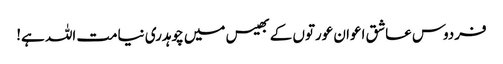
فردوس عاشق اعوان عورتوں کے بھیس میں چوہدری نیامت اللہ ہے!